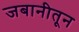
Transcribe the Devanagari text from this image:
जबानीतून